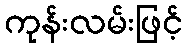
ကုန်းလမ်းဖြင့်